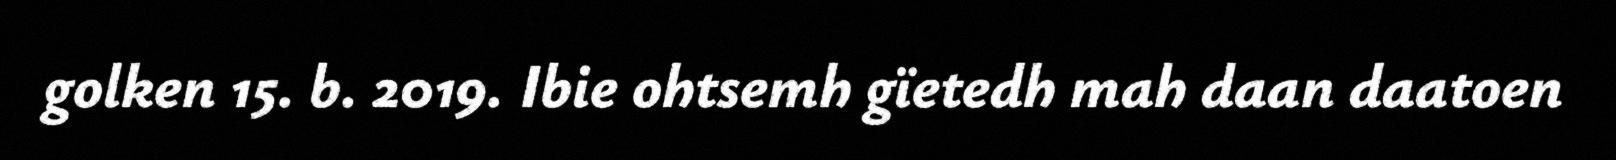
golken 15. b. 2019. Ibie ohtsemh gïetedh mah daan daatoen